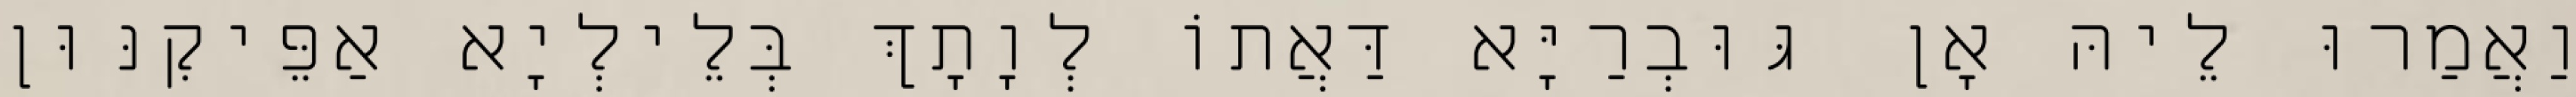
וַאֲמַרוּ לֵיהּ אָן גּוּבְרַיָּא דַּאֲתוֹ לְוָתָךְ בְּלֵילְיָא אַפֵּיקִנּוּן